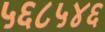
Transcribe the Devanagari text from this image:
५६८५४६